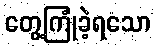
တွေ့ကြုံခဲ့ရသော